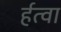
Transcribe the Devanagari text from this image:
र्हत्वा